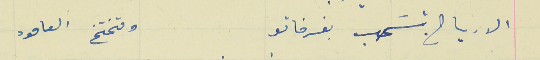
الارياح بتسَحب بفرخاتو                                وتختخ العامود